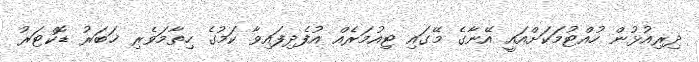
ދިރިއުޅުން ހުއްޓުމަކަށްއައީ އޭނާގެ މޭގައި ޓިއުމަރެއް އުފެދިފައިވާ ކަމުގެ ހިތާމަވެރި ޚަބަރު ޑޮކްޓަރު